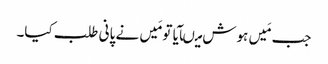
جب مَیں ہوش میںآیا تو مَیں نے پانی طلب کیا۔